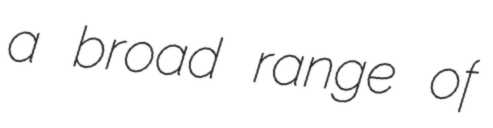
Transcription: a broad range of